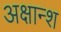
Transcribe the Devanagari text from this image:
अक्षान्श